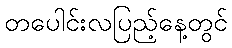
တပေါင်းလပြည့်နေ့တွင်